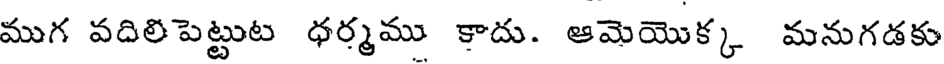
ముగ వదిలిపెట్టుట ధర్మము కాదు. ఆమెయొక్క మనుగడకు